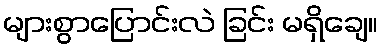
များစွာပြောင်းလဲ ခြင်း မရှိချေ။